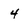
Character: 4